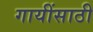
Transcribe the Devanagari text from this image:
गायींसाठी